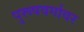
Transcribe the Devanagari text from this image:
पुरूषवर्गावर